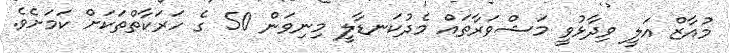
މުއާޒް އަލީ ވިދާޅުވީ މަޝްވަރާތައް މެެދުކަނޑާލީ މިނިވަން 50 ގެ ހަރަކާތްތަކަށް ކަަމަށެވެ.